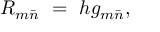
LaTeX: R _ { m { \bar { n } } } \ = \ h g _ { m { \bar { n } } } ,